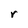
Character: r